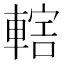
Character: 𨍤